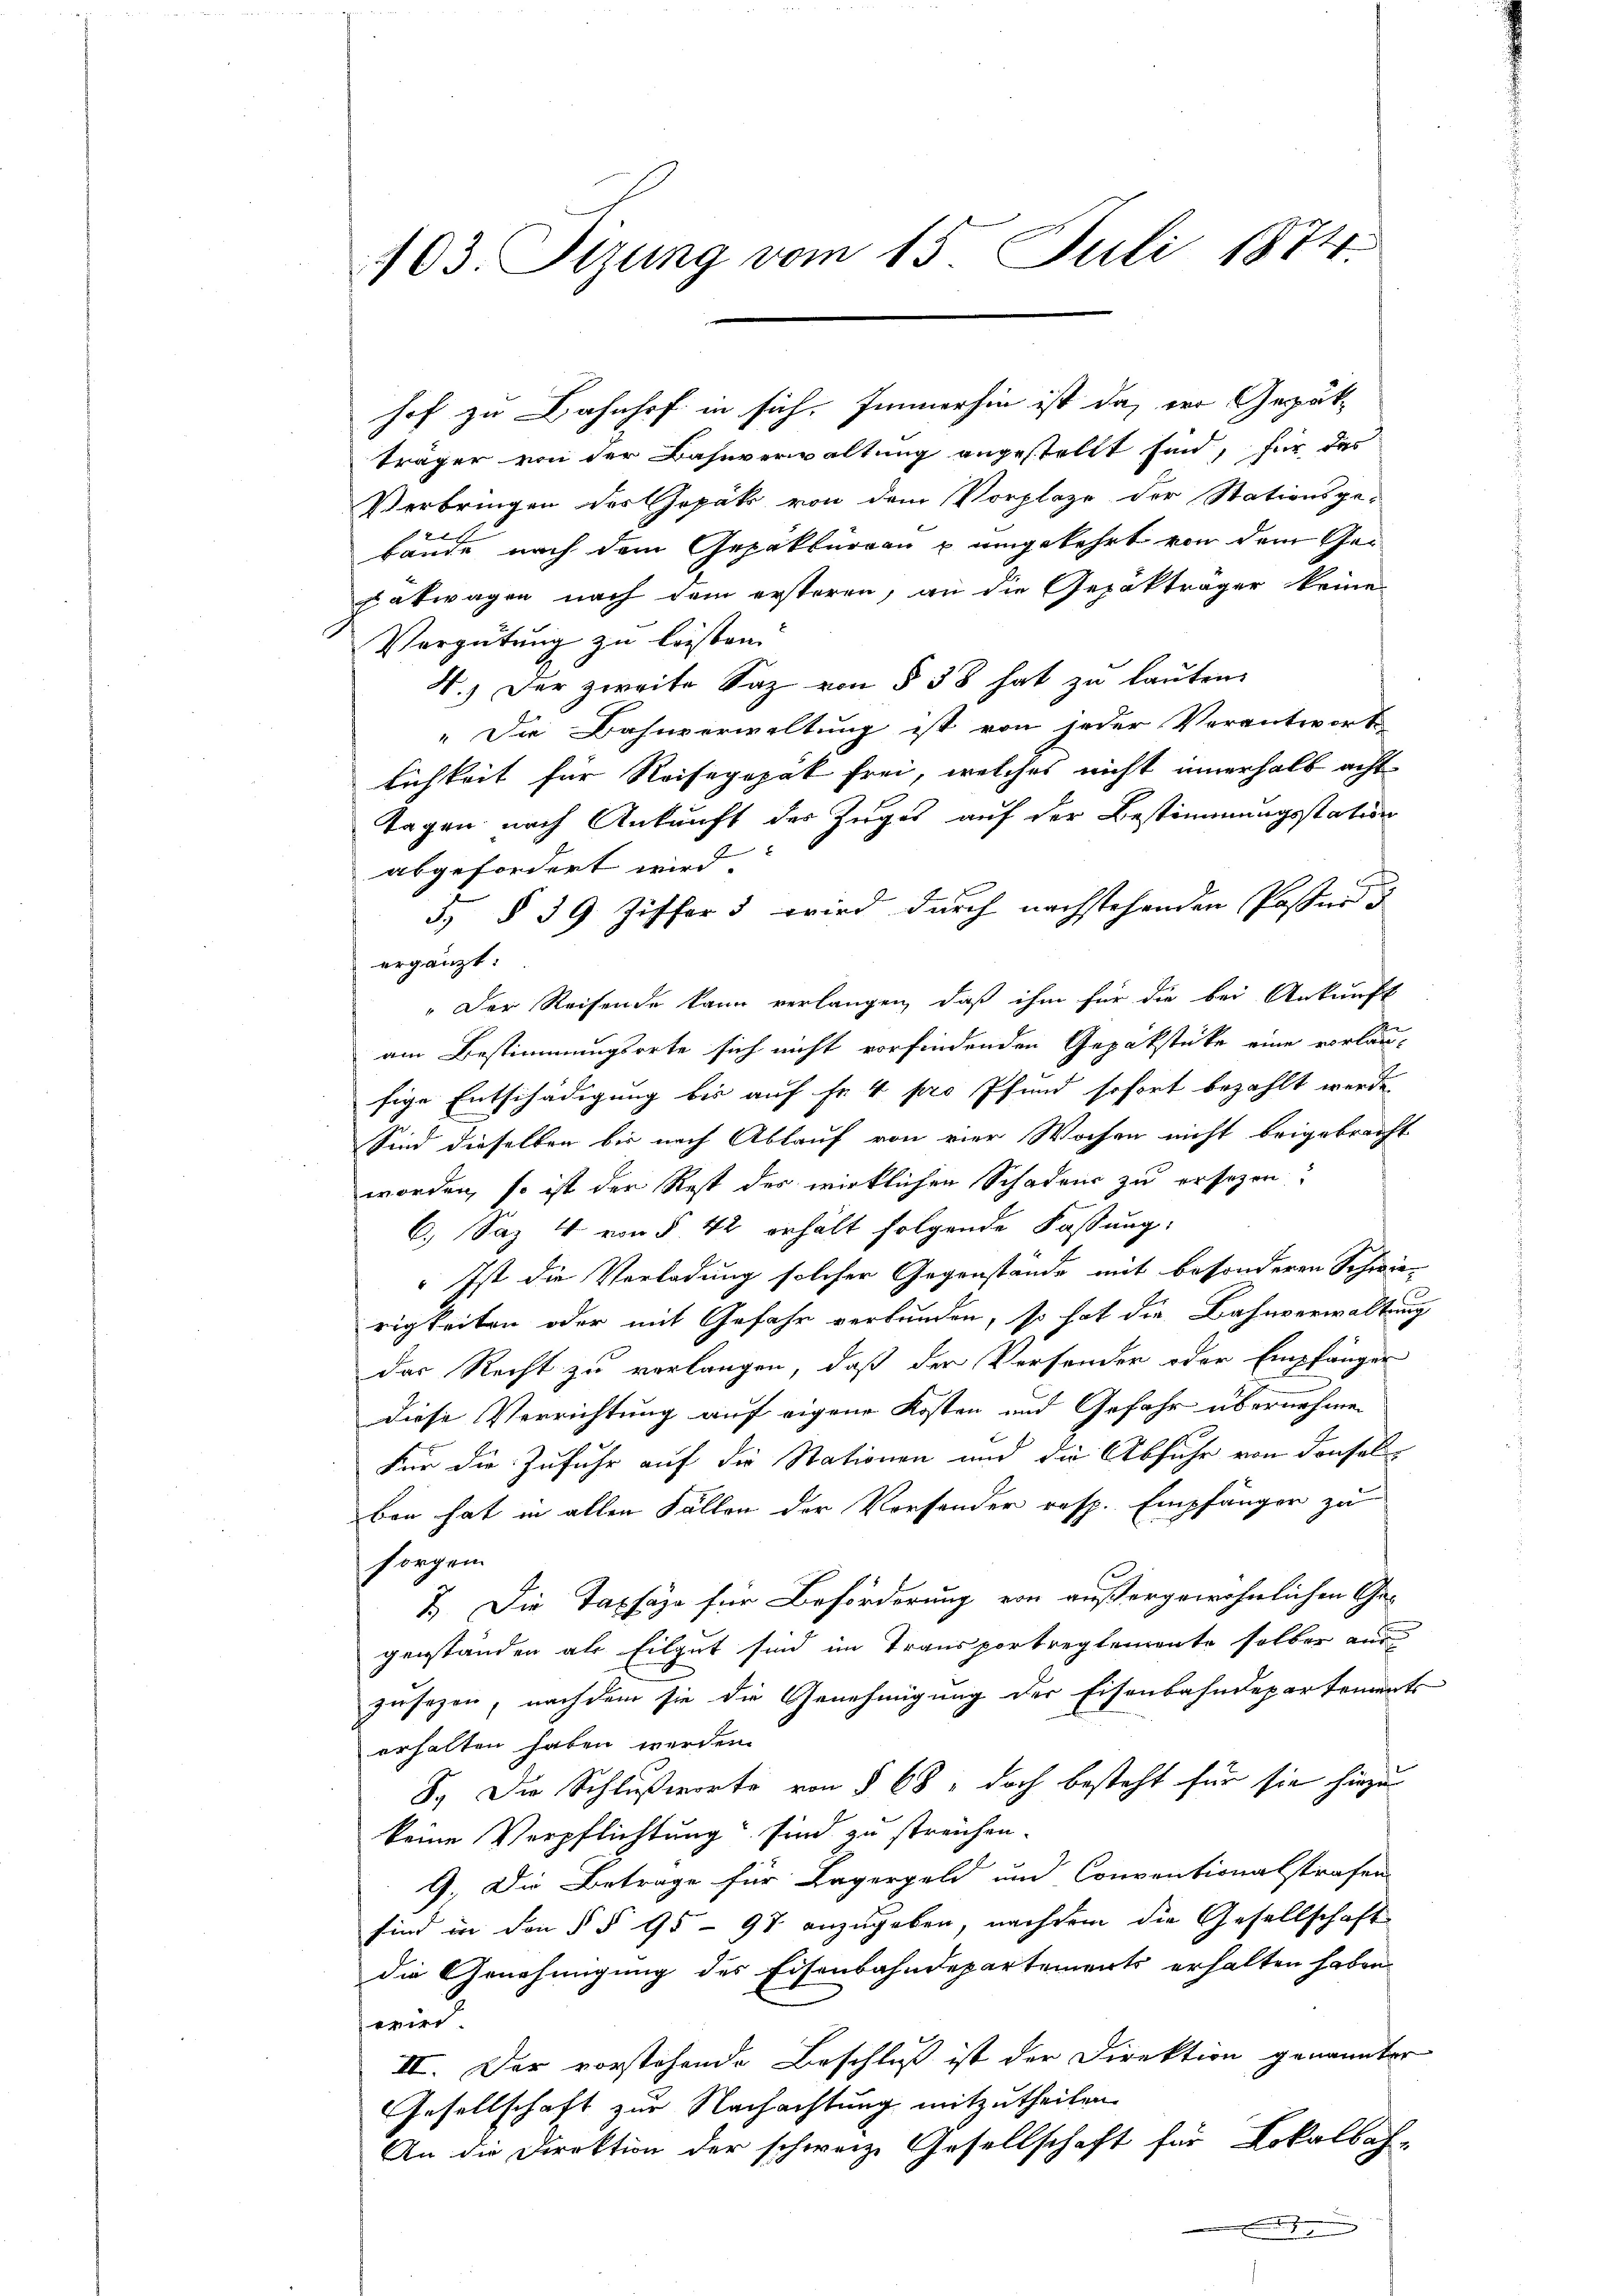
hof zu Bahnhof in sich. Immerhin ist da, wo Gepätträger von der Bahnverwaltung angestellt sind, für das
Verbringen des Jopäk von dem Vorplaze der Stationsge-
2
bande nach dem Gepakturren u umgekehrt von dem Gesatwagen nach dem ersteren, an die Gepäkträger keine
Vergütung zu leisten.
4.) Der zweite Saz von § 38 hat zu lauten.
„Die Bahnverwaltung ist von jeder Verantworts
lichkeit für Reisepopat frei, welches nicht innerhalb acht
Tagen nach Ankunft der Zuges auf der Bestimmungsstation
abgefordert wird.
3. § 39 Ziffer 5 wird durch nachstehenden Poster d
ergänzt:
„Der Reisende kann verlangen, daß ihm für die bei Ankunft
am Bestimmungsorte sich nicht vorfindenden Gepäkstücke eine vorläufige Entschädigung bis auf Fr. 4 pro Pfund sofort bezahlt werde.
Sind dieselben bis nach Ablauf von vier Wochen nicht beigebracht
worden, so ist der Rest des wirklichen Schadens zu ersehen:
6.) Saz 4 von § 42 erhält folgende Fassung:
 Ist die Verladung solcher Gegenstände mit besonderen Schwie-
rigkeiten oder mit Gefahr verbunden, so hat die Bahnverwaltung
das Recht zu verlangen, daß der Versender oder Empfänger
diese Verrichtung auf eigene Kosten und Gefahr übernehmen
Für die Zufuhr auf die Stationen und die Abfuhr von denselbs
bon hat in allen Fällen der Vorsonder resp. Empfänger zu
sorgen
7. Die Taphäge für Beförderung von außergewöhnlichen Ge-
genständen als Eilgut sind im Transportreglemente selber aus
zusezen, nachdem sie die Genehmigung der Eisenbahndepartements
erhalten haben werden.
8.) Die Schlußworte von § 68, doch besteht für sie hiezu
keine Verpflichtung sind zu streichen.
9. Die Betrage für Lagergeld und Conventionalstrafen
sind in den § § 95 - 97 anzugeben, nachdem die Gesellschaft
die Genehmigung des Eisenbahndepartements erhalten haben.
wird
II. Der vorstehende Beschluß ist der Direktion genannter
Gesellschaft zur Nachachtung mitzutheilen.
An die Direktion der schweiz. Gesellschaft für Lokalbah-

103. Tizung vom 15. Juli 1874